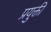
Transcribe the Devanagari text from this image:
प्रयुक्ती